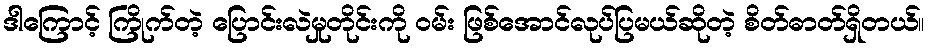
ဒါကြောင့် ကြိုက်တဲ့ ပြောင်းလဲမှုတိုင်းကို ဝမ်း ဖြစ်အောင်လုပ်ပြမယ်ဆိုတဲ့ စိတ်ဓာတ်ရှိတယ်။